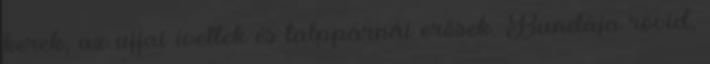
kerek, az ujjai íveltek és talppárnái erősek. Bundája rövid,